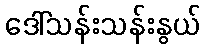
ဒေါ်သန်းသန်းနွယ်